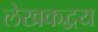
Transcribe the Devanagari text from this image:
लेखकद्वय